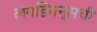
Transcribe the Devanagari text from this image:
लगडियन्सची